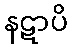
နဋာပိ